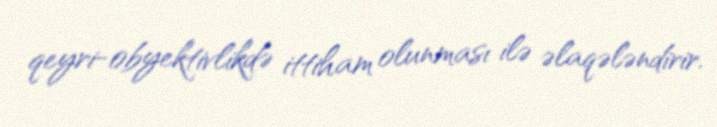
qeyri-obyektivlikdə ittiham olunması ilə əlaqələndirir.